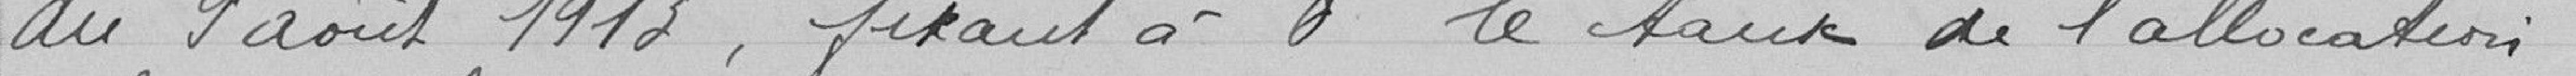
du 9 août 1913 fixant à 8 F le taux de l'allocation